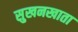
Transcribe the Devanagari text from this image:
सुखनखाता